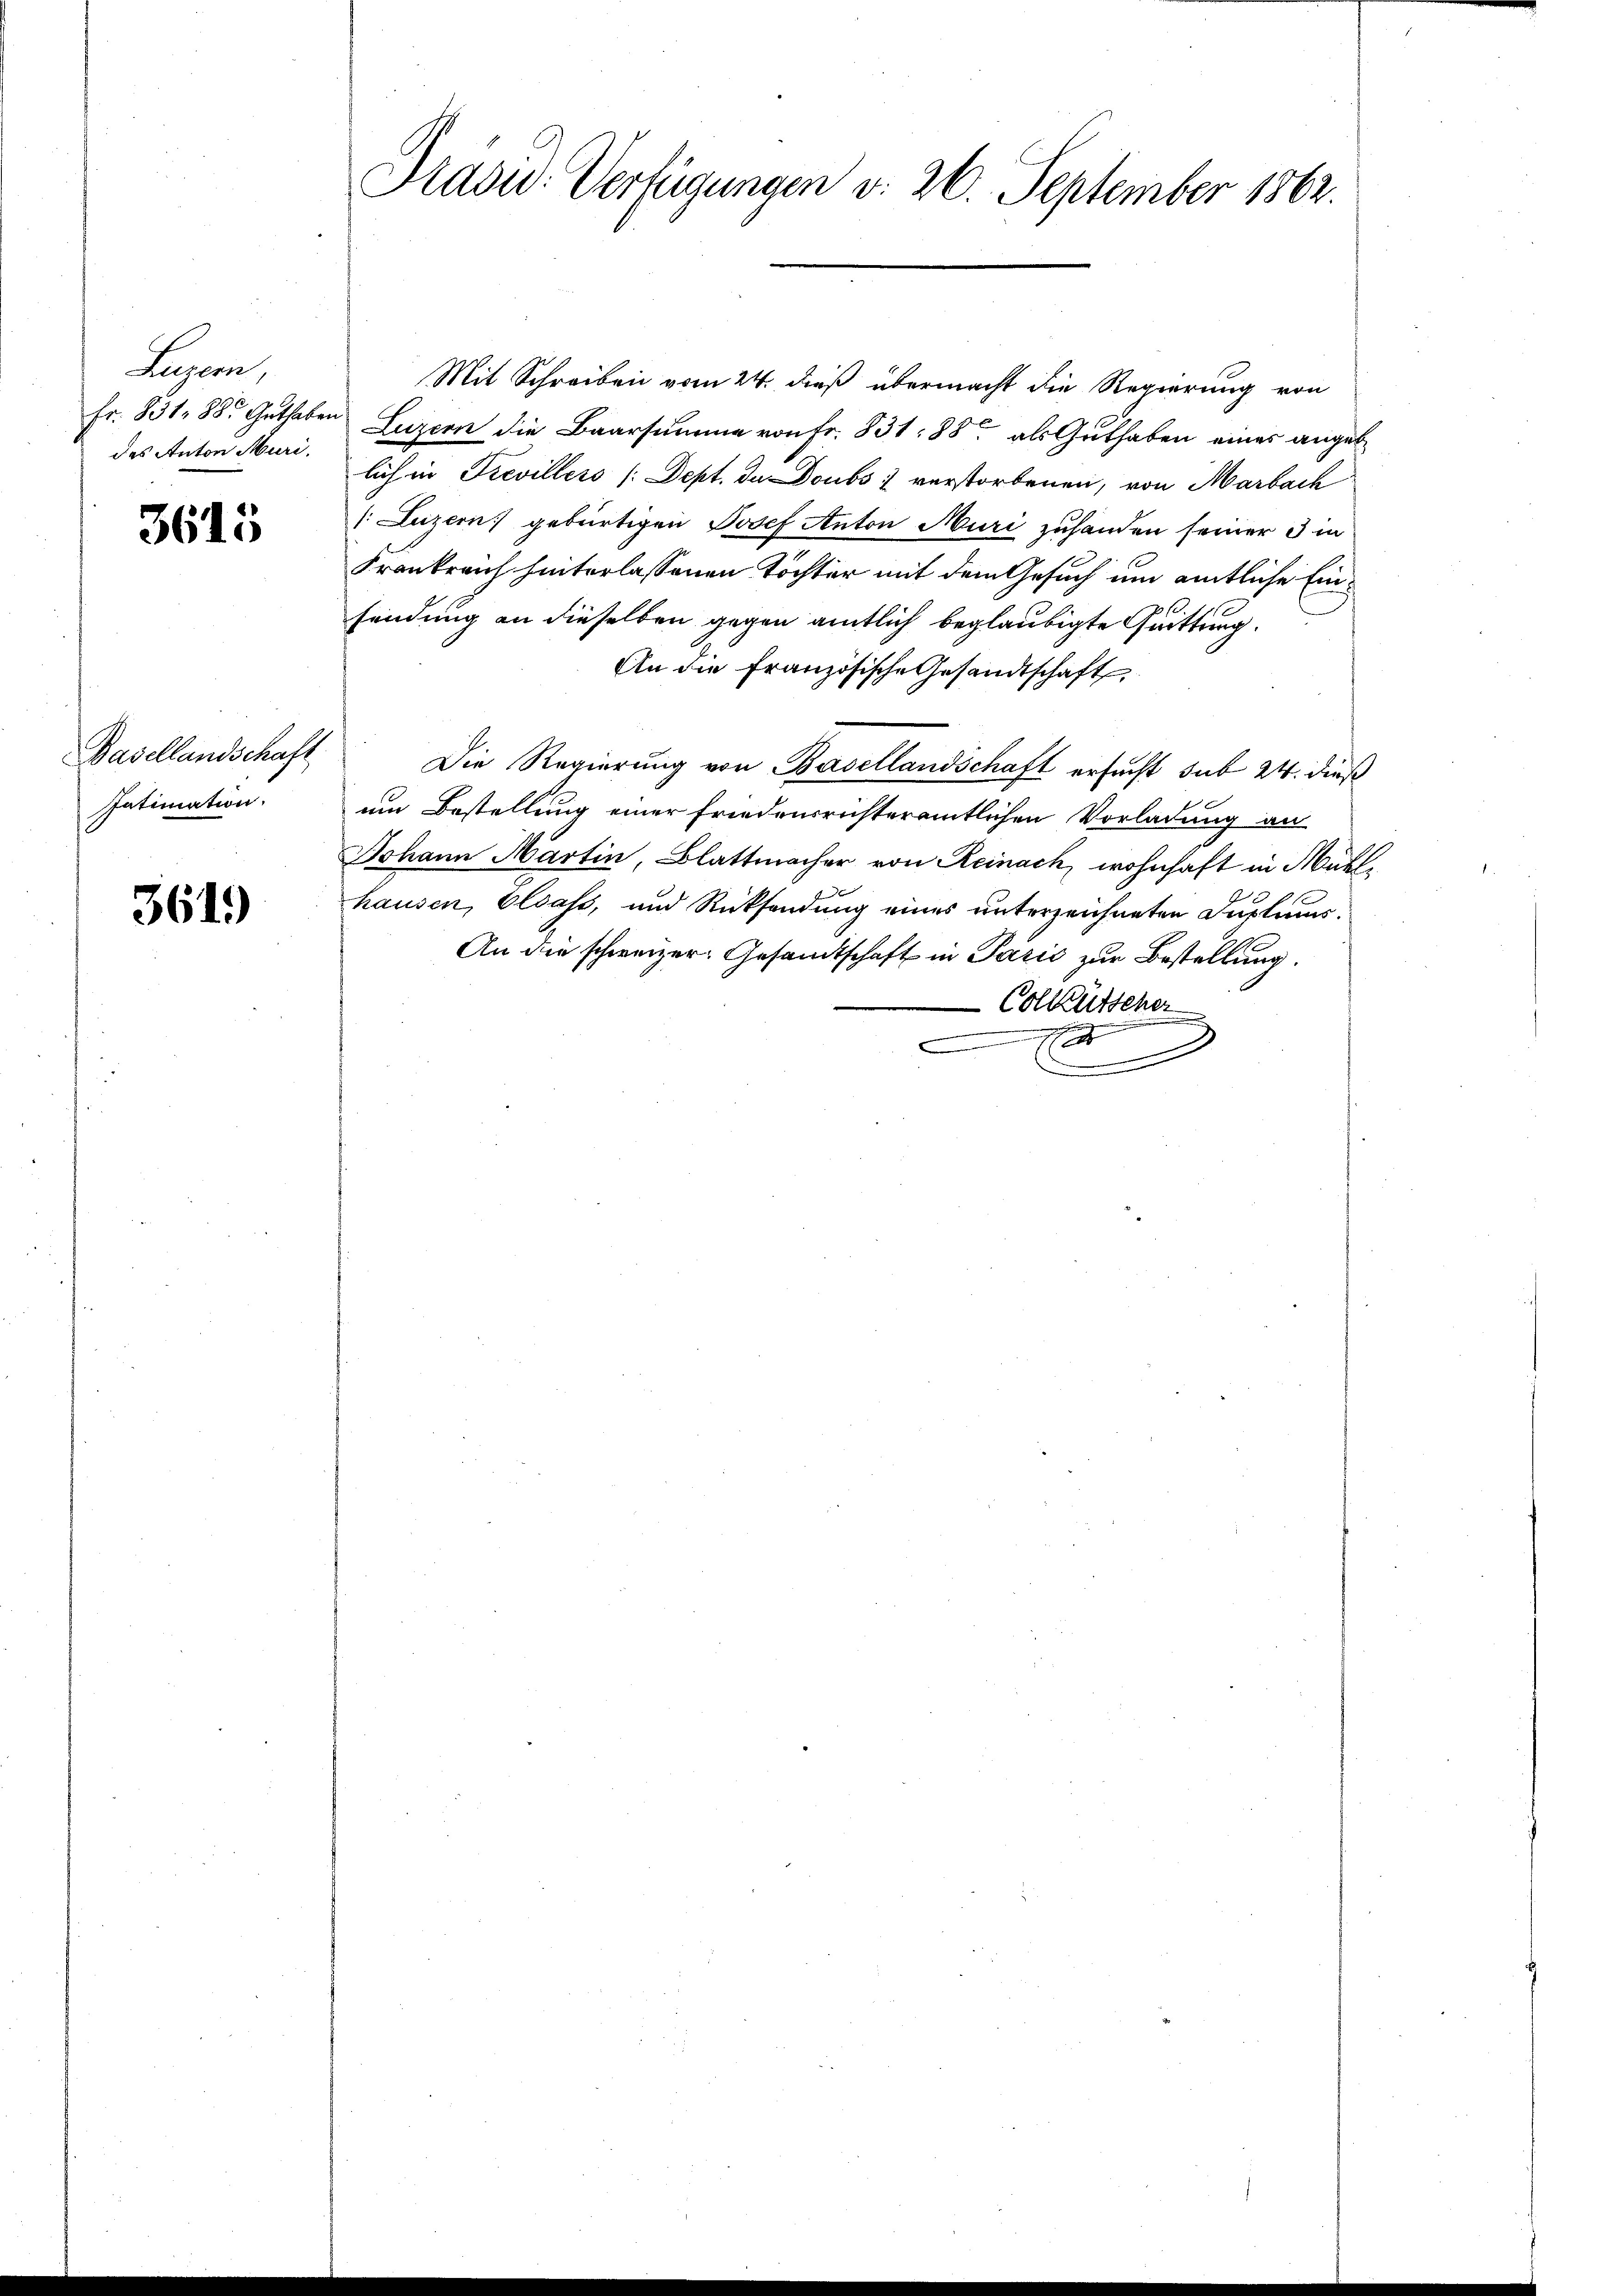
Luzern,
des Anton Muri.

3615

Basellandschaft
Intimation.

3619

Präsid. Verfügungen d. 26. September 1862.

Mit Schreiben vom 24. dieß übermacht die Regierung von
Fr. 831. 88. Guthaben Luzern die Baarsumme von Fr. 831: 88 als Guthaben eines angeb
lich in Trevillers /:Dept. da Doubs verstorbenen, von Marbach
(Luzern gebürtigen Josef Anton Muri zuhanden seiner 3 in
Frankreich hinterlassenen Töchter mit dem Gesuch um amtliche Einsendung an dieselben gegen amtlich beglaubigte Quittung.
An die Französische Gesandtschaft
Die Regierung von Basellandschaft ersucht sub 24. dieß
um Bestellung einer friedensrichteramtlichen Vorladung an
Johann Martin, Blattmacher von Reinach, wohnhaft in Mühlhausen, Elsass, und Rücksendung eines unterzeichneten Dustums.
An die schweizer. Gesandtschaft in Pazić zur Bestellung.
Collütscher
e
.